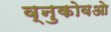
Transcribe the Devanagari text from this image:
व्नुकोवओ